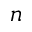
n